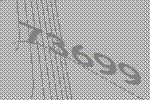
73699